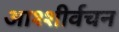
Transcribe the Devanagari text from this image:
आश्शीर्वचन